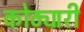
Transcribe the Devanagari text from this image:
कोठ्यारी